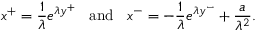
x ^ { + } = { \frac { 1 } { \lambda } } e ^ { \lambda y ^ { + } } \; \; \; \mathrm { a n d } \; \; \; x ^ { - } = - { \frac { 1 } { \lambda } } e ^ { \lambda y ^ { - } } + { \frac { a } { \lambda ^ { 2 } } } .